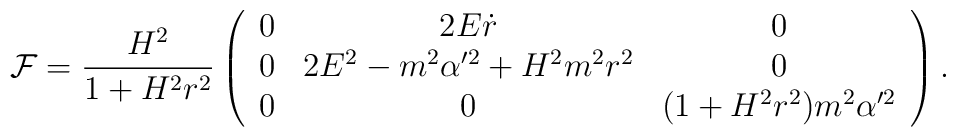
{\cal F}=\frac{H^2}{1+H^2r^2} \left( \begin{array}{ccc}0 & 2E\dot{r} & 0 \\ 0 & 2E^2-m^2\alpha'^2+H^2m^2 r^2 & 0\\ 0 & 0 & (1+H^2r^2)m^2\alpha'^2  \end{array}\right).